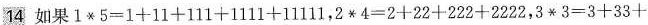
14 如果$$1 * 5 = 1 + 1 1 + 1 1 1 + 1 1 1 1 + 1 1 1 1 1$$，$$2 * 4 = 2 + 2 2 +2 2 2 + 2 2 2 2 $$，$$3 * 3 = 3 + 3 3 +